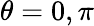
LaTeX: \theta=0,\pi